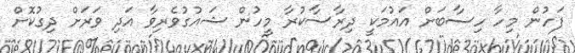
ފަހުން މިހާ ހިސާބަށް އައުމަކީ ދިރާސާކުރާ މީހުން ޝައުގުވެރިވާ އަދި ވަރަށް ދިގުކޮށް